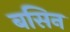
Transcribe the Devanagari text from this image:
बसिन